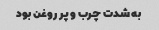
به شدت چرب و پر روغن بود